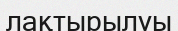
лақтырылуы